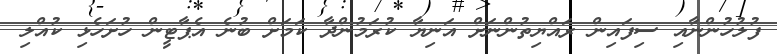
ފުލުހުންނާއި ސިފައިން ރައްޔިތުންނަށް އަނިޔާ ކުރަމުންދާ ކަމަށް ބުނެ އެޕާޓީން ހުށަހެޅި ކުއްލި